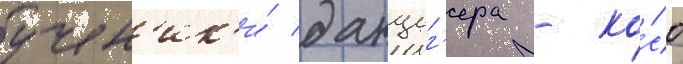
учен'ик'и́ данциг'ера - ко́со